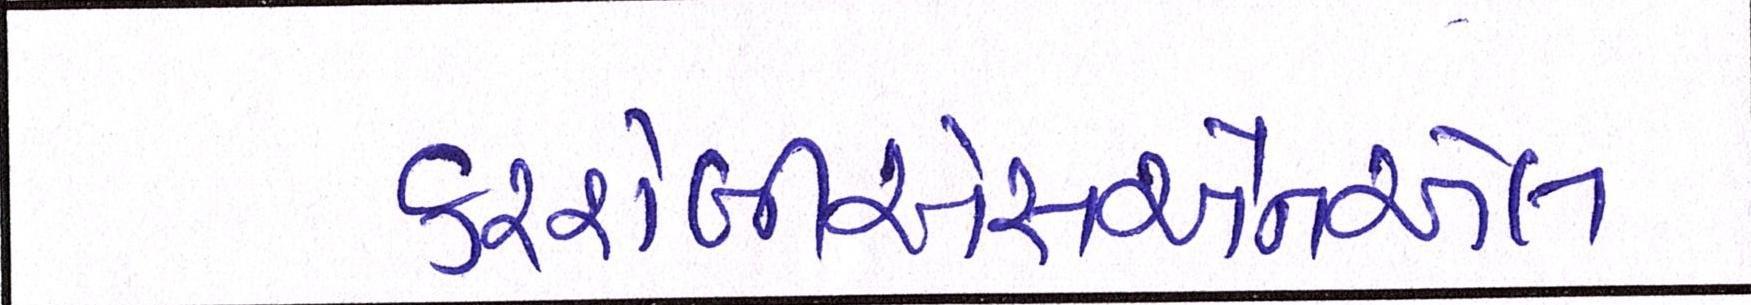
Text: કરશેબીએસએનએલ